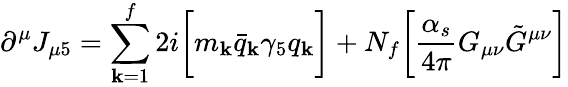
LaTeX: \partial^{\mu}J_{\mu5}=\sum_{\mathbf{k}=1}^{f}2i\biggl[m_{\mathbf{k}}\bar{{q}}_{\mathbf{k}}\gamma_{5}q_{\mathbf{k}}\biggr]+N_{f}\biggl[{\frac{{\alpha_{s}}}{{4\pi}}}G_{\mu\nu}{\tilde{{G}}}^{\mu\nu}\biggr]